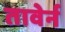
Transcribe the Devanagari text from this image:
तावेर्न